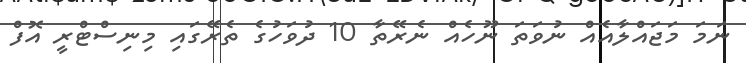
ނަމަ މަޖައްލާއެއް ނުވަތަ ނޫހެއް ނެރޭތާ 10 ދުވަހުގެ ތެރޭގައި މިނިސްޓްރީ އޮފް